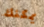
يمكنك